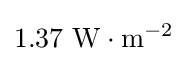
1.37\ \mathrm {W\cdot m^{-2}}